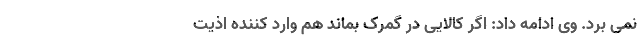
نمی برد. وی ادامه داد: اگر کالایی در گمرک بماند هم وارد کننده اذیت